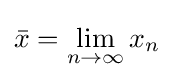
{\bar {x}}=\lim _{n\to \infty }x_{n}